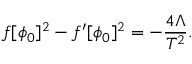
f [ \phi _ { 0 } ] ^ { 2 } - f ^ { \prime } [ \phi _ { 0 } ] ^ { 2 } = - \frac { 4 \Lambda } { T ^ { 2 } } .